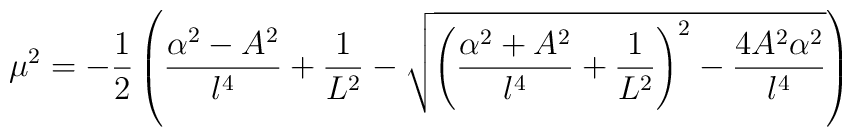
\mu^2=-\frac{1}{2}\left(\frac{\alpha^2-A^2}{l^4}+\frac{1}{L^2}-\sqrt{{\left(\frac{\alpha^2+A^2}{l^4}+\frac{1}{L^2}\right)^2-\frac{4A^2\alpha^2}{l^4}}}\right)